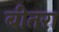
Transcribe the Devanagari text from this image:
बीतरा